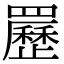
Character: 䍥